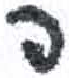
אות: פ